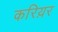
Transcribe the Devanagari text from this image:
करिय़र